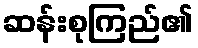
ဆန်းစုကြည်၏